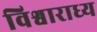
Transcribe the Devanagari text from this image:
विश्वाराध्य